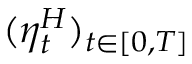
( \eta _ { t } ^ { H } ) _ { t \in [ 0 , T ] }